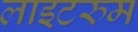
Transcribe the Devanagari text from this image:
लाइटरुम